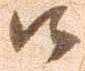
候